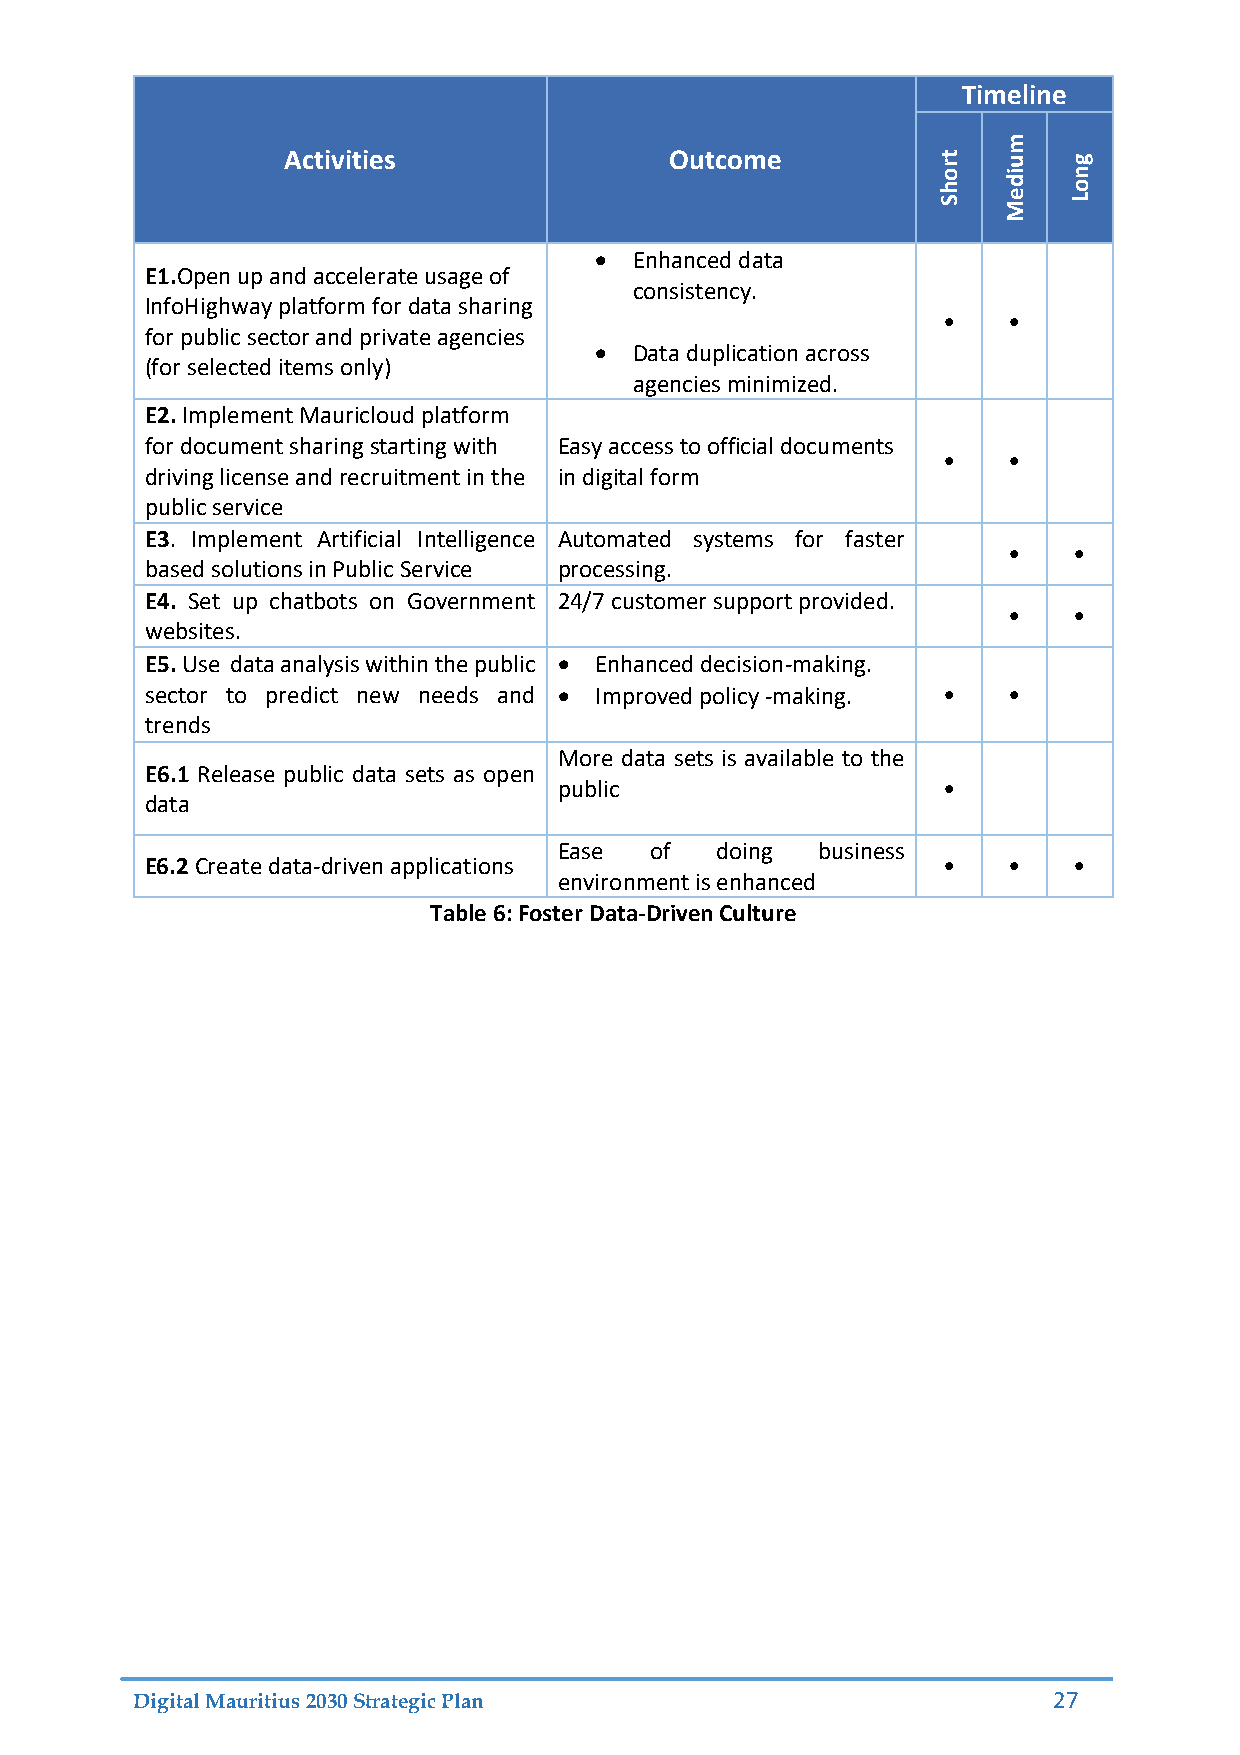
Timeline
 m
 Activities               Outcome           rt  u    g
 ho  di   on
 S   Me   L
   Enhanced data
 E1.Open up and accelerate usage of
 consistency.
 InfoHighway platform for data sharing
 •    •
 for public sector and private agencies
   Data duplication across
 (for selected items only)
 agencies minimized.
 E2. Implement Mauricloud platform
 for document sharing starting with Easy access to official documents
 •    •
 driving license and recruitment in the in digital form
 public service
 E3. Implement Artificial Intelligence Automated systems for faster
 •   •
 based solutions in Public Service processing.
 E4. Set up chatbots on Government 24/7 customer support provided.
 •   •
 websites.
 E5. Use data analysis within the public  Enhanced decision-making.
 sector to predict new needs and  Improved policy -making. • •
 trends
 More data sets is available to the
 E6.1 Release public data sets as open
 public                   •
 data
 Ease  of  doing  business
 E6.2 Create data-driven applications                •    •   •
 environment is enhanced
 Table 6: Foster Data-Driven Culture
 Digital Mauritius 2030 Strategic Plan                        27